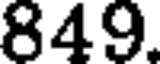
849.